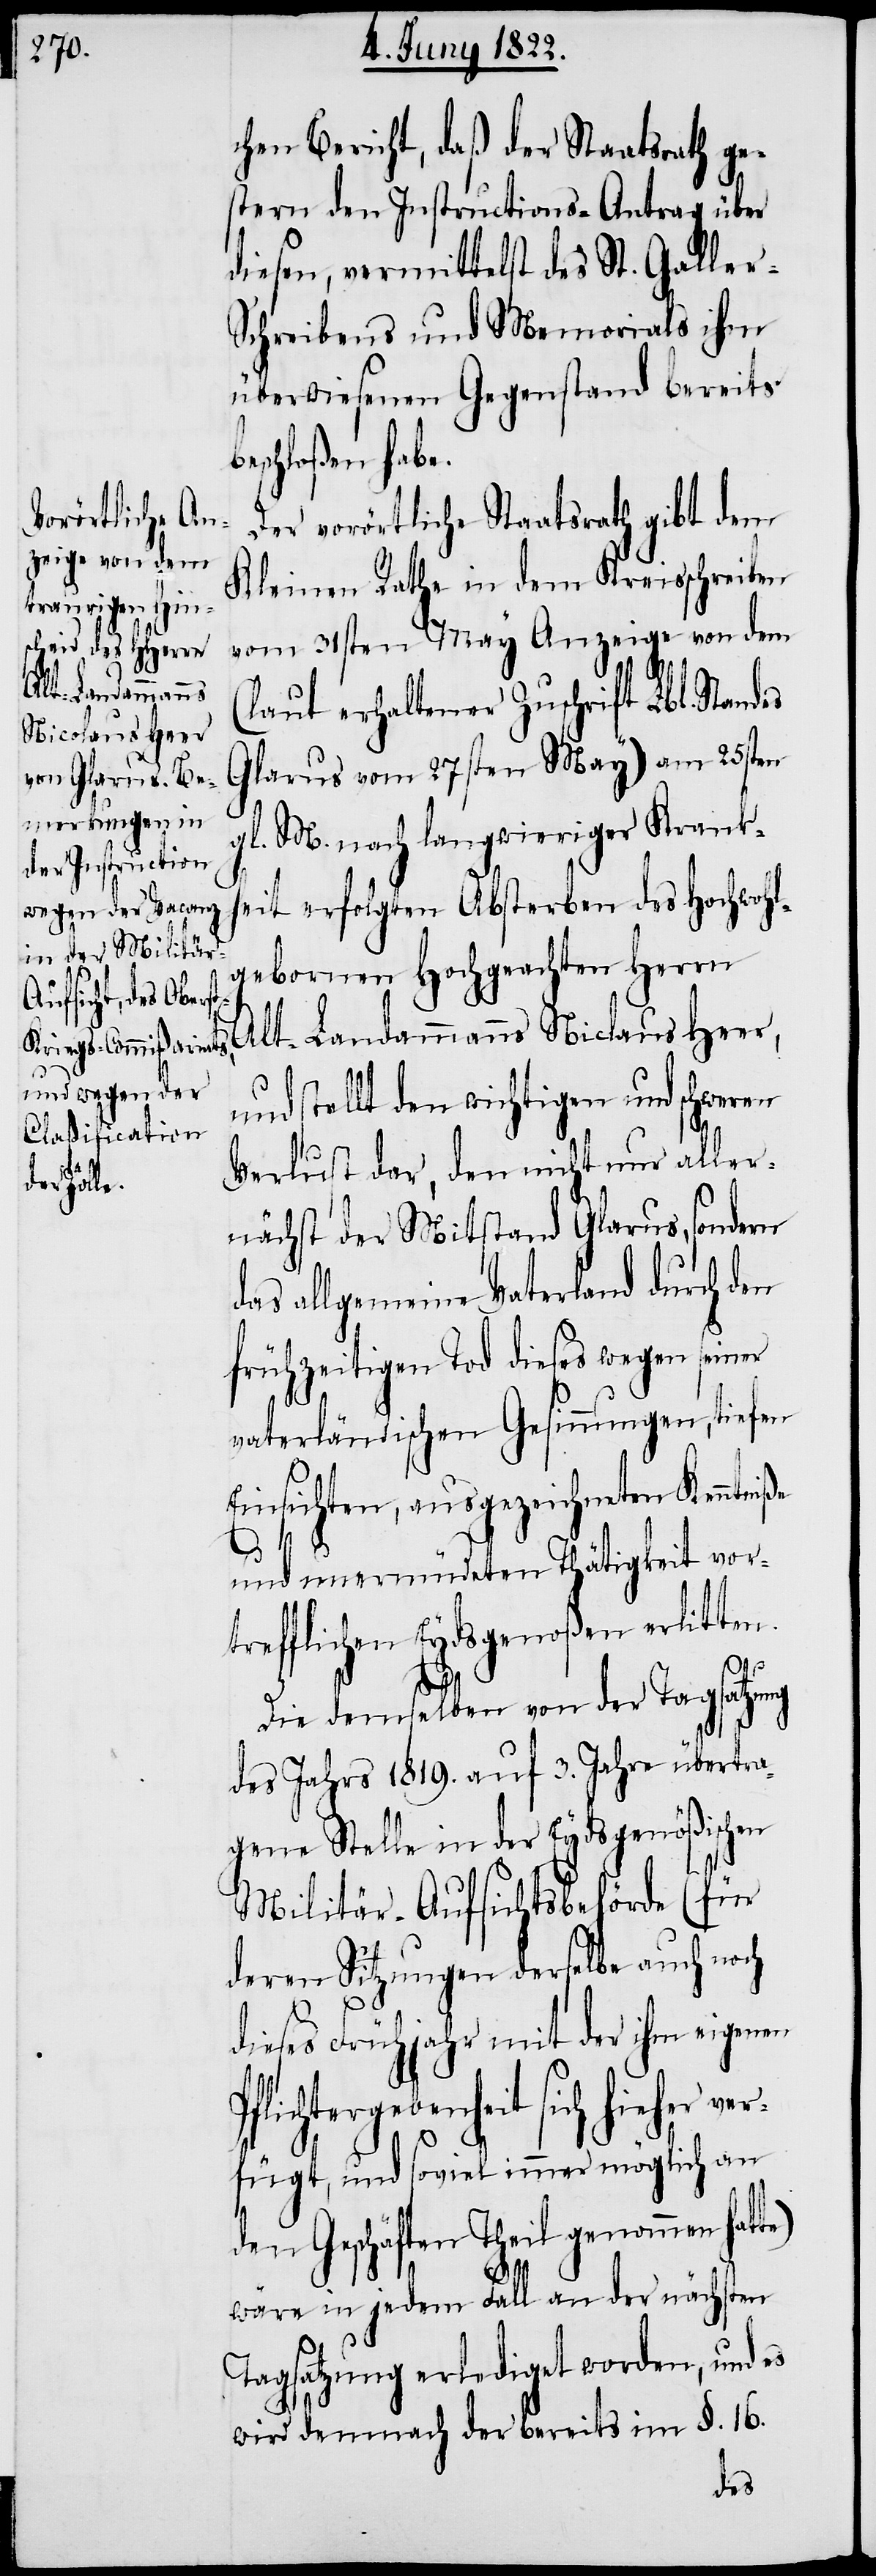
chen Bericht, daß der Staatsrath ge¬
stern den Instructions-Antrag über
diesen, vermittelst des St. Galler-S¬
chreibens und Memorials ihm
überwiesenen Gegenstand bereits
beschloßen habe.
Der vorörtliche Staatsrath gibt dem
Kleinen Rathe in dem Kreisschreiben
vom 31sten May Anzeige von dem
te)
(laut erhaltener Zuschrift Lbl. Standes
Glarus vom 27sten May) am 25sten
gl. M. nach langwieriger Krank¬
heit erfolgten Absterben des hochwohl¬
gebornen Hochgeachten Herrn
Alt-Landammanns Niclaus Heer,
und stellt den wichtigen und schweren
Verlust dar, den nicht nur aller¬
nächst der Mitstand Glarus, sondern
das allgemeine Vaterland durch den
frühzeitigen Tod dieses wegen seiner
vaterländischen Gesinnungen, tiefen
Einsichten, ausgezeichneten Kenntniße
und unermüdeten Thätigkeit vor¬
trefflichen Eydsgenoßen erlitten.
Pf¬
Die demselben von der Tagsatzung
des Jahrs 1819. auf 3. Jahre übertra¬
gene Stelle in der Eydsgenößischen
Militär-Aufsichtsbehörde (für
deren Sitzungen derselbe auch noch
dieses Frühjahr mit der ihm eigenen
lichtergebenheit sich hieher
verfügt, und soviel immer möglich an
den Geschäften Theil genommen hat¬
wäre in jedem Fall an der nächsten
Tagsatzung erlediget worden, und es
wird demnach der bereits im §. 16.